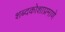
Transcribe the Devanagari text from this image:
शब्दकोशाप्रमाणे